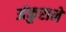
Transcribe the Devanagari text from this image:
अंकुराने